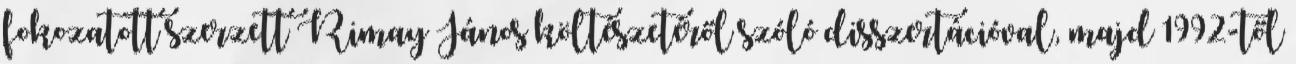
fokozatott szerzett Rimay János költészetéről szóló disszertációval, majd 1992-től